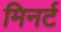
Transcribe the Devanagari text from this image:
मिनर्ट